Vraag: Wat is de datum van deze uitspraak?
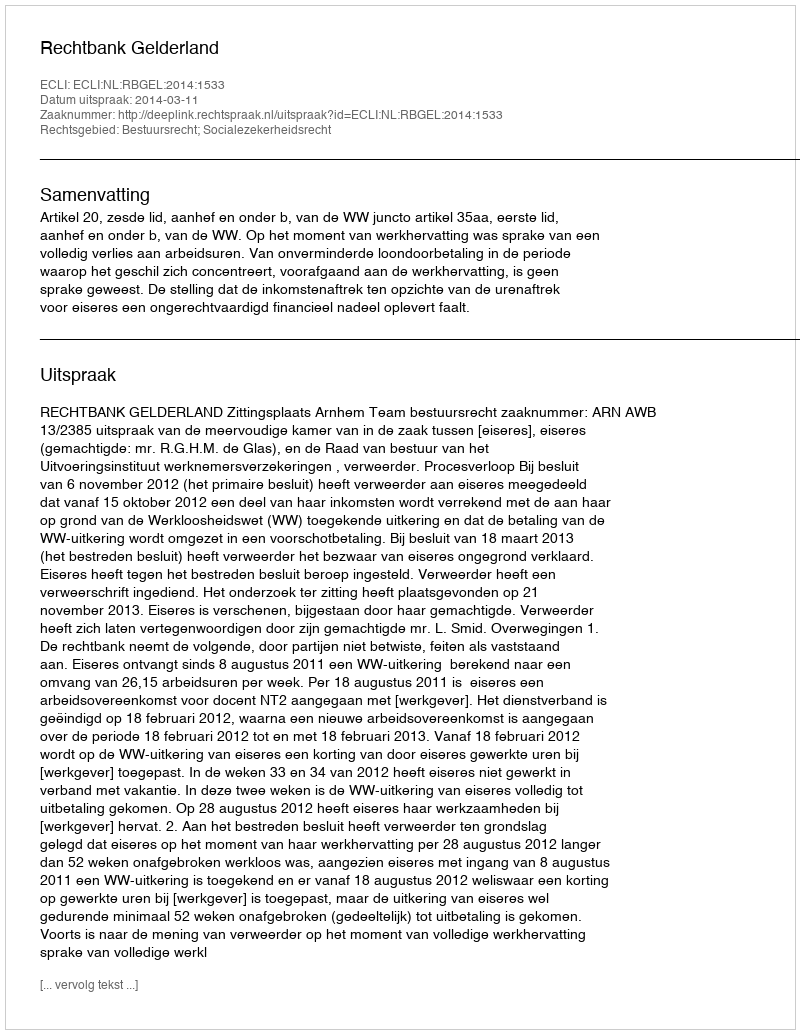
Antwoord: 2014-03-11